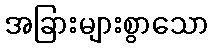
အခြားများစွာသော